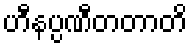
ဟီနပ္ပဏီတတာတိ